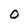
Character: O